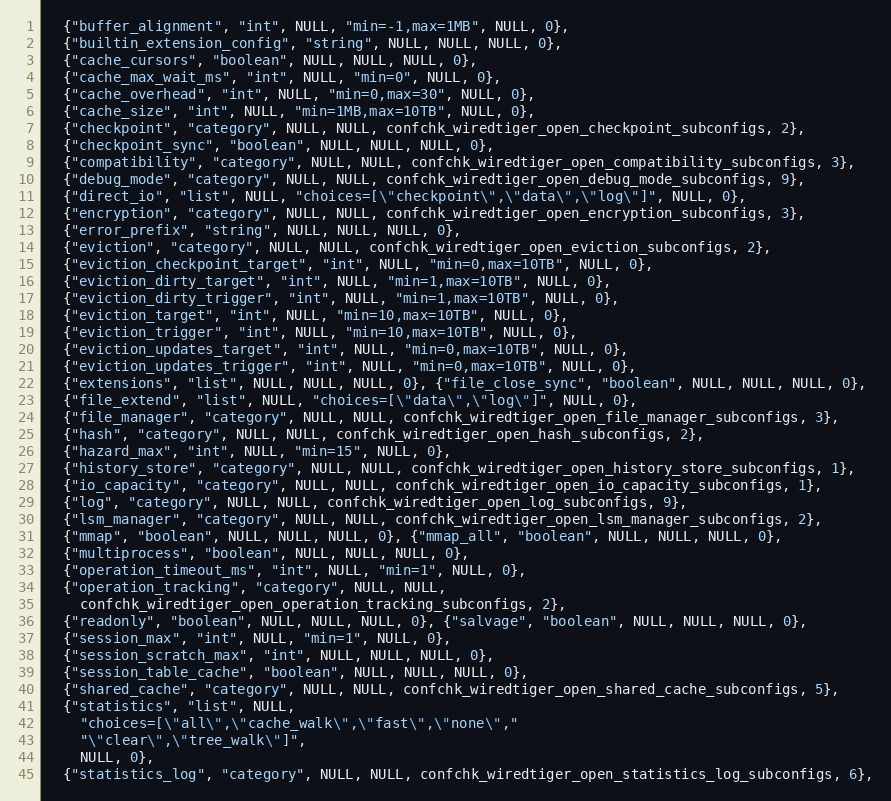
Language: C
  {"buffer_alignment", "int", NULL, "min=-1,max=1MB", NULL, 0},
  {"builtin_extension_config", "string", NULL, NULL, NULL, 0},
  {"cache_cursors", "boolean", NULL, NULL, NULL, 0},
  {"cache_max_wait_ms", "int", NULL, "min=0", NULL, 0},
  {"cache_overhead", "int", NULL, "min=0,max=30", NULL, 0},
  {"cache_size", "int", NULL, "min=1MB,max=10TB", NULL, 0},
  {"checkpoint", "category", NULL, NULL, confchk_wiredtiger_open_checkpoint_subconfigs, 2},
  {"checkpoint_sync", "boolean", NULL, NULL, NULL, 0},
  {"compatibility", "category", NULL, NULL, confchk_wiredtiger_open_compatibility_subconfigs, 3},
  {"debug_mode", "category", NULL, NULL, confchk_wiredtiger_open_debug_mode_subconfigs, 9},
  {"direct_io", "list", NULL, "choices=[\"checkpoint\",\"data\",\"log\"]", NULL, 0},
  {"encryption", "category", NULL, NULL, confchk_wiredtiger_open_encryption_subconfigs, 3},
  {"error_prefix", "string", NULL, NULL, NULL, 0},
  {"eviction", "category", NULL, NULL, confchk_wiredtiger_open_eviction_subconfigs, 2},
  {"eviction_checkpoint_target", "int", NULL, "min=0,max=10TB", NULL, 0},
  {"eviction_dirty_target", "int", NULL, "min=1,max=10TB", NULL, 0},
  {"eviction_dirty_trigger", "int", NULL, "min=1,max=10TB", NULL, 0},
  {"eviction_target", "int", NULL, "min=10,max=10TB", NULL, 0},
  {"eviction_trigger", "int", NULL, "min=10,max=10TB", NULL, 0},
  {"eviction_updates_target", "int", NULL, "min=0,max=10TB", NULL, 0},
  {"eviction_updates_trigger", "int", NULL, "min=0,max=10TB", NULL, 0},
  {"extensions", "list", NULL, NULL, NULL, 0}, {"file_close_sync", "boolean", NULL, NULL, NULL, 0},
  {"file_extend", "list", NULL, "choices=[\"data\",\"log\"]", NULL, 0},
  {"file_manager", "category", NULL, NULL, confchk_wiredtiger_open_file_manager_subconfigs, 3},
  {"hash", "category", NULL, NULL, confchk_wiredtiger_open_hash_subconfigs, 2},
  {"hazard_max", "int", NULL, "min=15", NULL, 0},
  {"history_store", "category", NULL, NULL, confchk_wiredtiger_open_history_store_subconfigs, 1},
  {"io_capacity", "category", NULL, NULL, confchk_wiredtiger_open_io_capacity_subconfigs, 1},
  {"log", "category", NULL, NULL, confchk_wiredtiger_open_log_subconfigs, 9},
  {"lsm_manager", "category", NULL, NULL, confchk_wiredtiger_open_lsm_manager_subconfigs, 2},
  {"mmap", "boolean", NULL, NULL, NULL, 0}, {"mmap_all", "boolean", NULL, NULL, NULL, 0},
  {"multiprocess", "boolean", NULL, NULL, NULL, 0},
  {"operation_timeout_ms", "int", NULL, "min=1", NULL, 0},
  {"operation_tracking", "category", NULL, NULL,
    confchk_wiredtiger_open_operation_tracking_subconfigs, 2},
  {"readonly", "boolean", NULL, NULL, NULL, 0}, {"salvage", "boolean", NULL, NULL, NULL, 0},
  {"session_max", "int", NULL, "min=1", NULL, 0},
  {"session_scratch_max", "int", NULL, NULL, NULL, 0},
  {"session_table_cache", "boolean", NULL, NULL, NULL, 0},
  {"shared_cache", "category", NULL, NULL, confchk_wiredtiger_open_shared_cache_subconfigs, 5},
  {"statistics", "list", NULL,
    "choices=[\"all\",\"cache_walk\",\"fast\",\"none\","
    "\"clear\",\"tree_walk\"]",
    NULL, 0},
  {"statistics_log", "category", NULL, NULL, confchk_wiredtiger_open_statistics_log_subconfigs, 6},